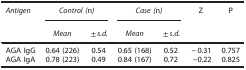
| Antigen | <COLSPAN=2> Control (n) | <COLSPAN=2> Case (n) | Z | P |
 |  | Mean | ±s.d. | Mean | ±s.d. |  |  |
 | --- | --- | --- | --- | --- | --- | --- |
 | AGA IgG | 0.64 (226) | 0.54 | 0.65 (168) | 0.52 | −0.31 | 0.757 |
 | AGA IgA | 0.78 (223) | 0.49 | 0.84 (167) | 0.72 | −0.22 | 0.825 |